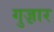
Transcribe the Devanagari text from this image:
गुज़़ार